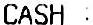
CASH :